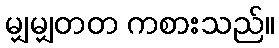
မျှမျှတတ ကစားသည်။